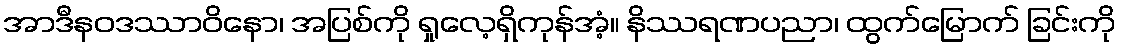
အာဒီနဝဒဿာဝိနော၊ အပြစ်ကို ရှုလေ့ရှိကုန်အံ့။ နိဿရဏပညာ၊ ထွက်မြောက် ခြင်းကို